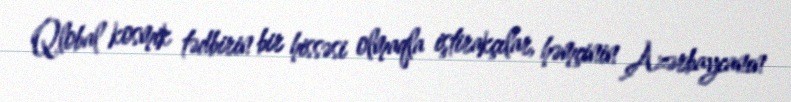
Qlobal kosmik tədbirin bir hissəsi olmaqla iştirakçılar, həmçinin Azərbaycanın